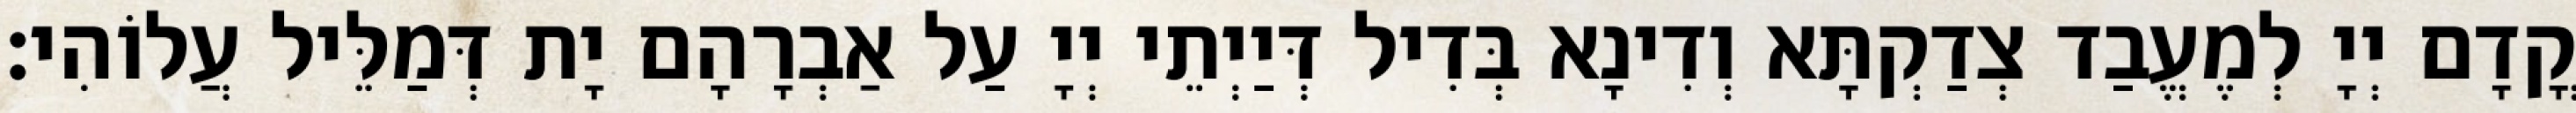
קֳדָם יְיָ לְמֶעֱבַד צְדַקְתָּא וְדִינָא בְּדִיל דְּיַיְתֵי יְיָ עַל אַבְרָהָם יָת דְּמַלֵּיל עֲלוֹהִי׃